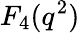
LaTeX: F_{4}(q^{2})